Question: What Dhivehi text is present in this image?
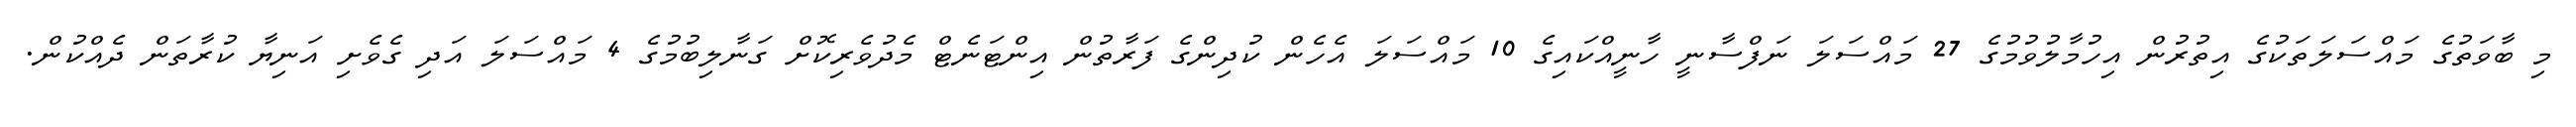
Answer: މި ބާވަތުގެ މައްސަލަތަކުގެ އިތުރުން އިހުމާލުވުމުގެ 27 މައްސަލަ ނަފްސާނީ ހާނީއްކައިގެ 10 މައްސަލަ އެހެން ކުދިންގެ ފަރާތުން އިންޓަނެޓް މެދުވެރިކޮށް ގަނާލިބުމުގެ 4 މައްސަލަ އަދި ގެވެށި އަނިޔާ ކުރާތަން ދެއްކުން.